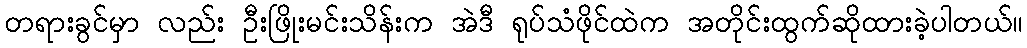
တရားခွင်မှာ လည်း ဦးဖြိုးမင်းသိန်းက အဲဒီ ရုပ်သံဖိုင်ထဲက အတိုင်းထွက်ဆိုထားခဲ့ပါတယ်။